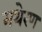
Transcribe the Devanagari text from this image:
मथेरण